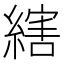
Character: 縖